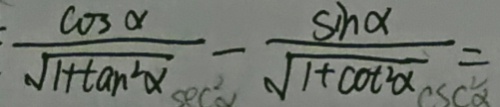
\frac { \cos \alpha } { \sqrt { 1 + \tan ^ { 2 } \alpha } } - \frac { \sin \alpha } { \sqrt { 1 + \cot ^ { 2 } \alpha } } =